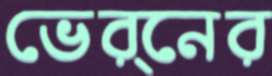
ভের্নের